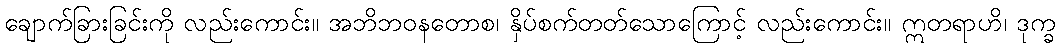
ချောက်ခြားခြင်းကို လည်းကောင်း။ အဘိဘဝနတောစ၊ နှိပ်စက်တတ်သောကြောင့် လည်းကောင်း။ ဣတရာဟိ၊ ဒုက္ခ